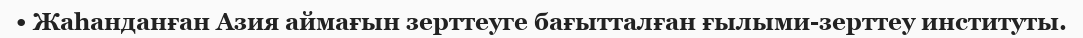
• Жаһанданған Азия аймағын зерттеуге бағытталған ғылыми-зерттеу институты.